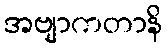
အဗျာကတာနိ